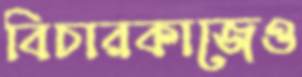
বিচারকাজেও